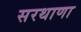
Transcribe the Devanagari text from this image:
सरथाणा